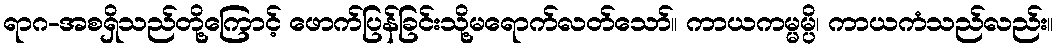
ရာဂ-အစရှိသည်တို့ကြောင့် ဖောက်ပြန်ခြင်းသို့မရောက်လတ်သော်။ ကာယကမ္မမ္ပိ၊ ကာယကံသည်လည်း။